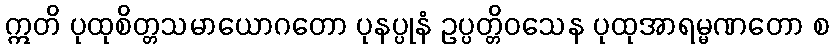
ဣတိ ပုထုစိတ္တသမာယောဂတော ပုနပ္ပုနံ ဥပ္ပတ္တိဝသေန ပုထုအာရမ္မဏတော စ